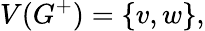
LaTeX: V(G^{+})=\{ v,w\} ,